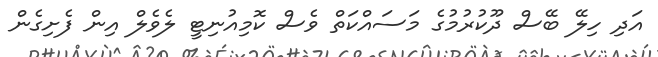
އަދި ހިލޭ ބޭސް ދޫކުރުމުގެ މަސައްކަތް ވެސް ކޮމިއުނިޓީ ލެވެލް އިން ފެށިގެން